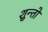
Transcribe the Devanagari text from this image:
शुन्तो